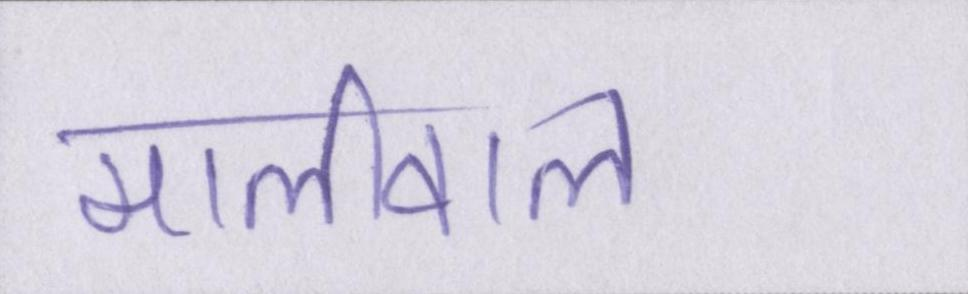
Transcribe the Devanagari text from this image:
मालीवाल